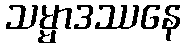
သမ္မာဒဿနေ